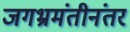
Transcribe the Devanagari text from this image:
जगभ्रमंतीनंतर